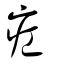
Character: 疘